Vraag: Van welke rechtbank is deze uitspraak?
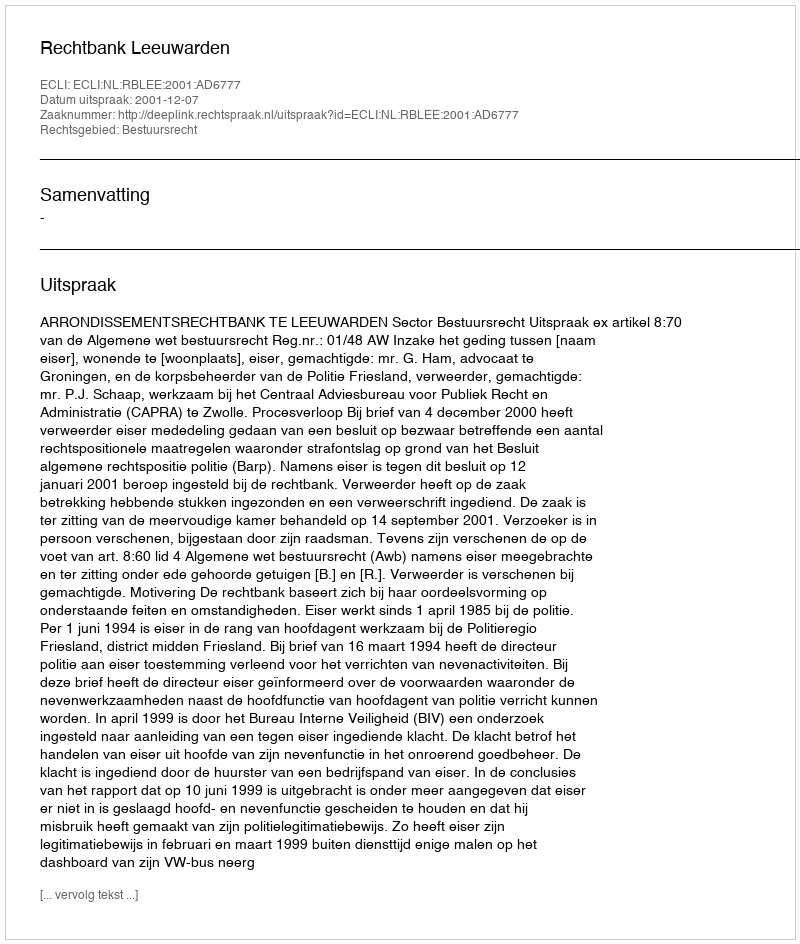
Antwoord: Rechtbank Leeuwarden